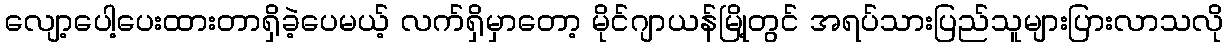
လျော့ပေါ့ပေးထားတာရှိခဲ့ပေမယ့် လက်ရှိမှာတော့ မိုင်ဂျာယန်မြို့တွင် အရပ်သားပြည်သူများပြားလာသလို